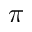
\pi